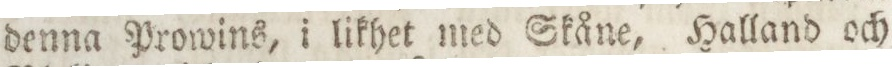
denna Prowins, i likhet med Skåne, Halland och